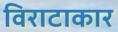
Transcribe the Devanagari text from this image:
विराटाकार